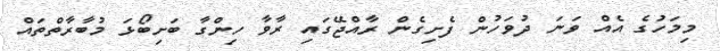
މިމަހުގެ އެއް ވަނަ ދުވަހުން ފެށިގެން ރާއްޖޭގައި ރާވާ ހިންގާ ބަށިބޯޅަ މުބާރާތްތައް